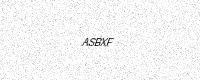
Text: ASBXF